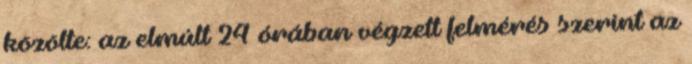
közölte: az elmúlt 24 órában végzett felmérés szerint az